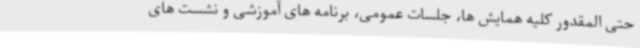
حتی المقدور کلیه همایش ها، جلسات عمومی، برنامه های آموزشی و نشست های